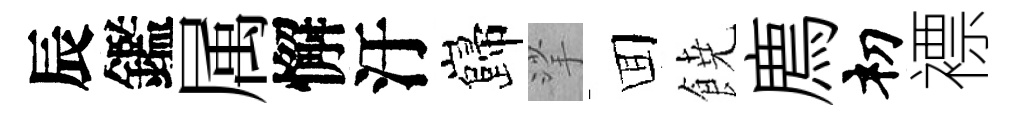
辰鑑属懈汙巋挲囬𩜙廌𥘉褾